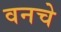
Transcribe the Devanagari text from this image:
वनचे